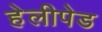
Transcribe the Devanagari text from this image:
हेलीपेड